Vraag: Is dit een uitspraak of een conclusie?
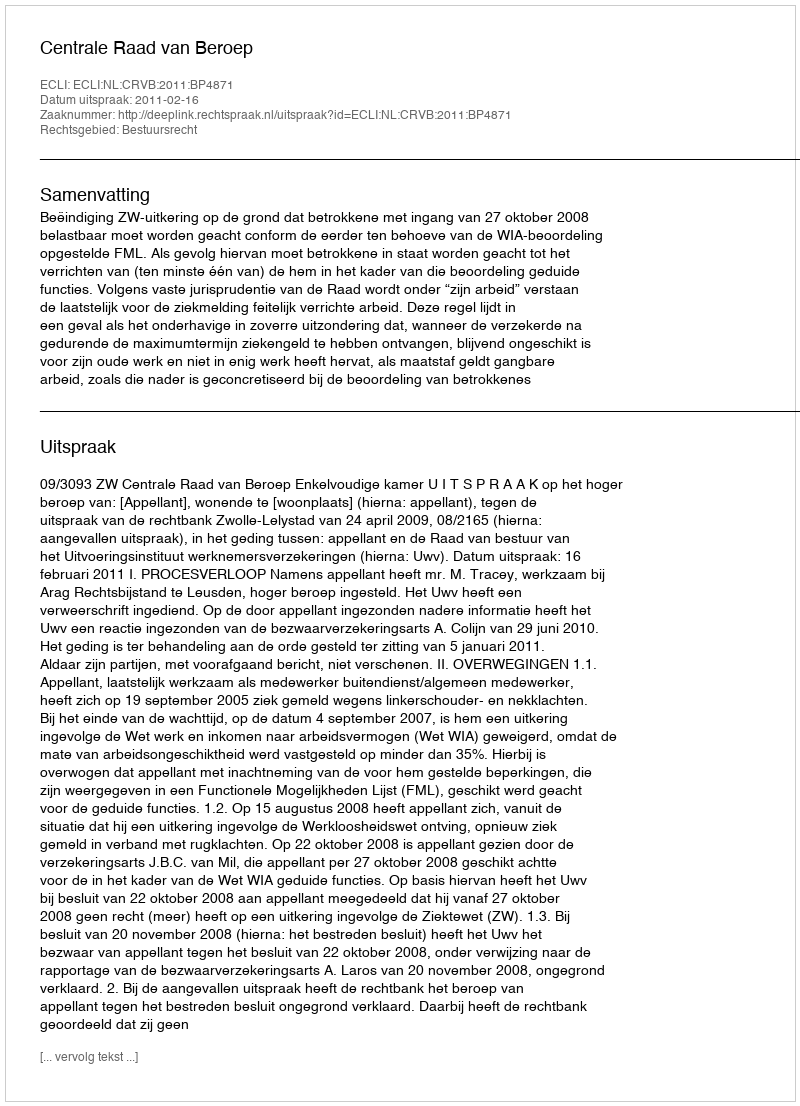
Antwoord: Uitspraak